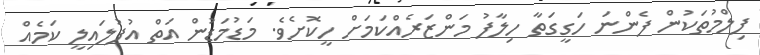
ފިލްމުތަކުން ފެންނަ ހަގީގަތާ ހިލާފު މަންޒަރެއްކަމަށް ހީކޮށެވެ. މަޑުމަޑުން އަތް އުފުލައިލީ ކަމެއް